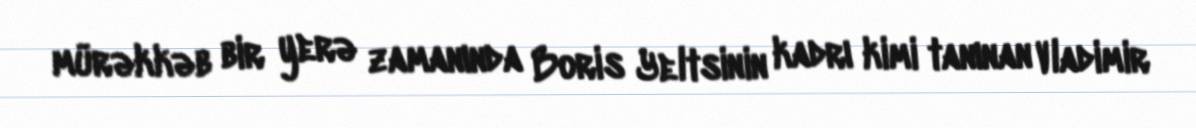
mürəkkəb bir yerə zamanında Boris Yeltsinin kadrı kimi tanınan Vladimir